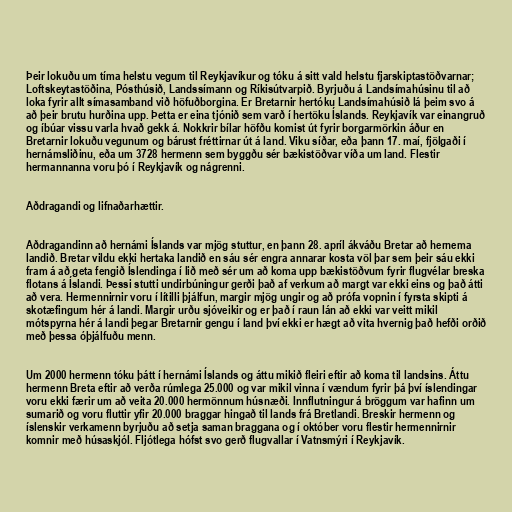
Þeir lokuðu um tíma helstu vegum til Reykjavíkur og tóku á sitt vald helstu fjarskiptastöðvarnar;
Loftskeytastöðina, Pósthúsið, Landssímann og Ríkisútvarpið. Byrjuðu á Landsímahúsinu til að
loka fyrir allt símasamband við höfuðborgina. Er Bretarnir hertóku Landsímahúsið lá þeim svo á
að þeir brutu hurðina upp. Þetta er eina tjónið sem varð í hertöku Íslands. Reykjavík var einangruð
og íbúar vissu varla hvað gekk á. Nokkrir bílar höfðu komist út fyrir borgarmörkin áður en
Bretarnir lokuðu vegunum og bárust fréttirnar út á land. Viku síðar, eða þann 17. maí, fjölgaði í
hernámsliðinu, eða um 3728 hermenn sem byggðu sér bækistöðvar víða um land. Flestir
hermannanna voru þó í Reykjavík og nágrenni.

Aðdragandi og lifnaðarhættir.

Aðdragandinn að hernámi Íslands var mjög stuttur, en þann 28. apríl ákváðu Bretar að hernema
landið. Bretar vildu ekki hertaka landið en sáu sér engra annarar kosta völ þar sem þeir sáu ekki
fram á að geta fengið Íslendinga í lið með sér um að koma upp bækistöðvum fyrir flugvélar breska
flotans á Íslandi. Þessi stutti undirbúningur gerði það af verkum að margt var ekki eins og það átti
að vera. Hermennirnir voru í lítilli þjálfun, margir mjög ungir og að prófa vopnin í fyrsta skipti á
skotæfingum hér á landi. Margir urðu sjóveikir og er það í raun lán að ekki var veitt mikil
mótspyrna hér á landi þegar Bretarnir gengu í land því ekki er hægt að vita hvernig það hefði orðið
með þessa óþjálfuðu menn.

Um 2000 hermenn tóku þátt í hernámi Íslands og áttu mikið fleiri eftir að koma til landsins. Áttu
hermenn Breta eftir að verða rúmlega 25.000 og var mikil vinna í vændum fyrir þá því íslendingar
voru ekki færir um að veita 20.000 hermönnum húsnæði. Innflutningur á bröggum var hafinn um
sumarið og voru fluttir yfir 20.000 braggar hingað til lands frá Bretlandi. Breskir hermenn og
íslenskir verkamenn byrjuðu að setja saman braggana og í október voru flestir hermennirnir
komnir með húsaskjól. Fljótlega hófst svo gerð flugvallar í Vatnsmýri í Reykjavík.